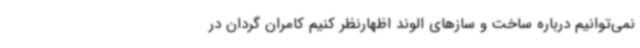
نمی‌توانیم درباره ساخت و سازهای الوند اظهارنظر کنیم کامران گردان در